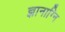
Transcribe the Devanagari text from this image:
ज्ञानाग्नि